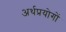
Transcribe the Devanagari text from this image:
अर्थप्रयोगों